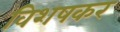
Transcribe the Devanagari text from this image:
विशषकर